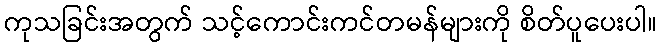
ကုသခြင်းအတွက် သင့်ကောင်းကင်တမန်များကို စိတ်ပူပေးပါ။